Indian journal of veterinary science and animal husbandry - Volume 12,
Year: 1942
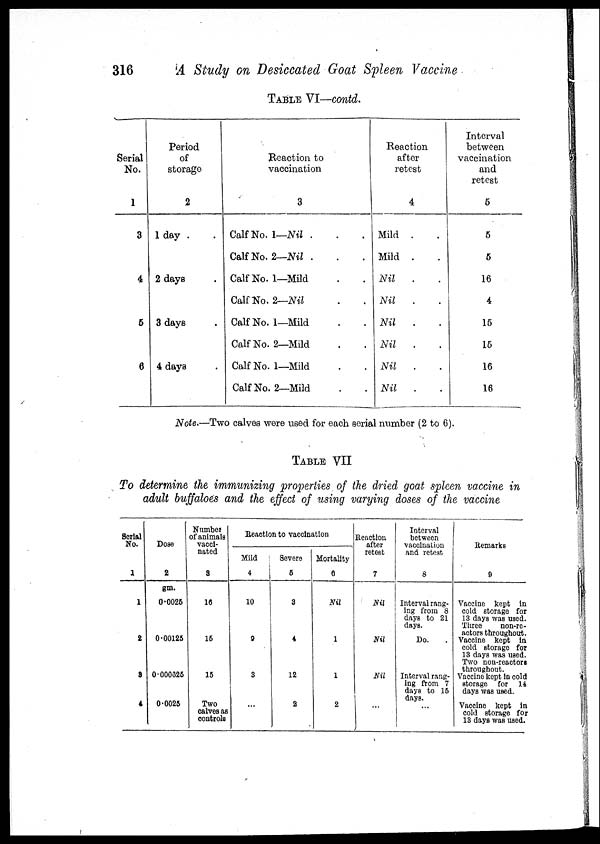
316
A Study on Desiccated Goat Spleen Vaccine
TABLE VI—contd.
Serial
No.
1
3
4
5
6
Period
of
storage
2
1 day .
2 days .
3 days .
4 days .
Reaction to
vaccination
3
Calf No. 1—Nil . . .
Calf No. 2—Nil . . .
Calf No. 1—Mild . .
Calf No. 2—Nil . .
Calf No. 1—Mild . .
Calf No. 2—Mild . .
Calf No. 1—Mild . .
Calf No. 2—Mild . .
Reaction
after
retest
4
Mild . .
Mild . .
Nil . .
Nil . .
Nil . .
Nil . .
Nil . .
Nil . .
Interval
between
vaccination
and
retest
5
5
5
16
4
15
15
16
16
Note.—Two calves were used for each serial number (2 to 6).
TABLE VII
To determine the immunizing properties of the dried goat spleen vaccine in
adult buffaloes and the effect of using varying doses of the vaccine
Serial
No.
1
1
2
3
4
Dose
2
gm.
0.0025
0.00125
0.000325
0.0025
Number 1
of animals
vacci-
nated
3
16
15
15
Two
calves as
controls
Reaction to vaccination
Mild
4
10
9
3
...
Severe
5
3
4
12
2
Mortality
6
Nil
1
1
2
Reaction
after
retest
7
Nil
Nil
Nil
...
Interval
between
vaccination
and retest
8
Interval rang-
ing from 8
days to 21
days.
Do.
Interval rang-
ing from 7
days to 15
days.
...
Remarks
9
Vaccine kept in
cold storage for
13 days was used.
Three
non-re-
actors throughout.
Vaccine kept in
cold storage for
13 days was used.
Two non-reactorg
throughout.
Vaccine kept in cold
storage for 14
days was used.
Vaccine kept in
cold storage for
13 days was used.